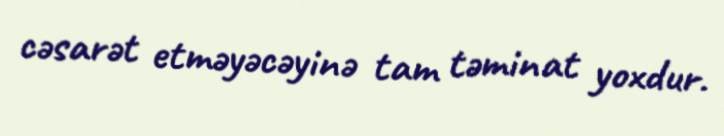
cəsarət etməyəcəyinə tam təminat yoxdur.